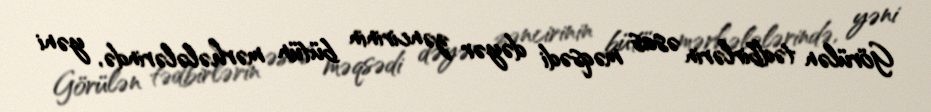
Görülən tədbirlərin əsas məqsədi dəyər zəncirinin bütün mərhələlərində, yəni